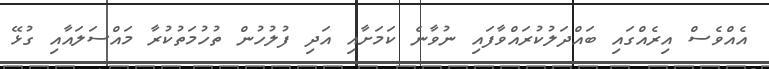
އެއްވެސް އިރެއްގައި ބައްދަލުކުރައްވާފައި ނުވާނެ ކަމަށާއި އަދި ފުލުހުން ތުހުމަތުކުރާ މައްސަލައާއި ގުޅޭ